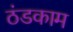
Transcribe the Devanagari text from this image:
ठंडकाम